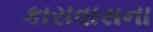
કારાવાસના